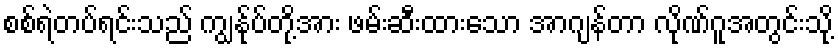
စစ်ရဲတပ်ရင်းသည် ကျွန်ုပ်တို့အား ဖမ်းဆီးထားသော အာဂျန်တာ လိုဏ်ဂူအတွင်းသို့